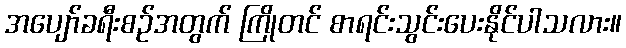
အပျော်ခရီးစဉ်အတွက် ကြိုတင် စာရင်းသွင်းပေးနိုင်ပါသလား။